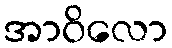
အာဝိလော